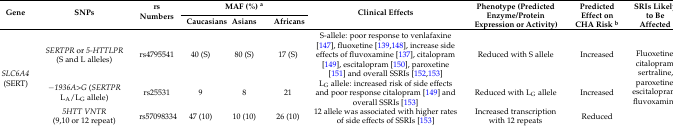
| <ROWSPAN=2> Gene | <ROWSPAN=2> SNPs | <ROWSPAN=2> rs Numbers | <COLSPAN=3> MAF (%) a | <ROWSPAN=2> Clinical Effects | <ROWSPAN=2> Phenotype (Predicted Enzyme/Protein Expression or Activity) | <ROWSPAN=2> Predicted Effect on CHA Risk b | <ROWSPAN=2> SRIs Likely to Be Affected |
 | Caucasians | Asians | Africans |
 | --- | --- | --- | --- | --- | --- | --- | --- | --- | --- |
 | <ROWSPAN=3> SLC6A4 (SERT) | SERTPR or 5-HTTLPR (S and L alleles) | rs4795541 | 40 (S) | 80 (S) | 17 (S) | S-allele: poor response to venlafaxine [147], fluoxetine [139,148], increase side effects of fluvoxamine [137], citalopram [149], escitalopram [150], paroxetine [151] and overall SSRIs [152,153] | Reduced with S allele | Increased | <ROWSPAN=3> Fluoxetine, citalopram, sertraline, paroxetine, escitalopram, fluvoxamine |
 | −1936A>G (SERTPR LA/LG allele) | rs25531 | 9 | 8 | 21 | LG allele: increased risk of side effects and poor response citalopram [149] and overall SSRIs [153] | Reduced with LG allele | Increased |
 | 5HTT VNTR (9,10 or 12 repeat) | rs57098334 | 47 (10) | 10 (10) | 26 (10) | 12 allele was associated with higher rates of side effects of SSRIs [153] | Increased transcription with 12 repeats | Reduced |